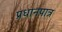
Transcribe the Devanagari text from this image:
प्रधानपात्र